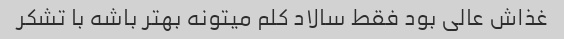
غذاش عالی بود فقط سالاد کلم میتونه بهتر باشه با تشکر